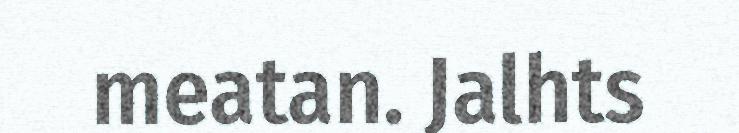
meatan. Jalhts